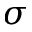
\sigma